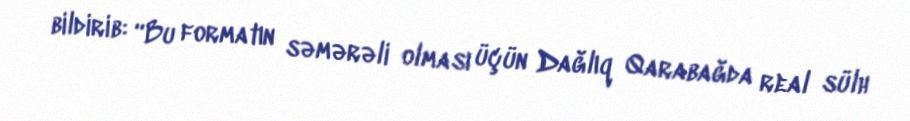
bildirib: “Bu formatın səmərəli olması üçün Dağlıq Qarabağda real sülh